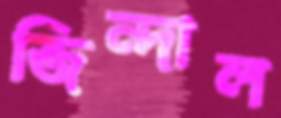
জিন্দাল